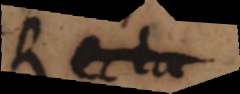
Recta